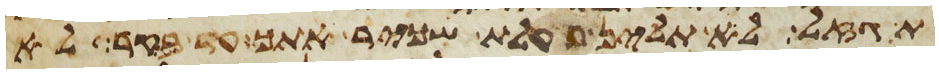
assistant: תגזל לא תלין פעלת שכיר אתך עד בקר לא